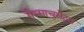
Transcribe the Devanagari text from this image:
मैस्साचुसेट्स